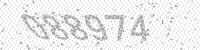
Solution: 088974